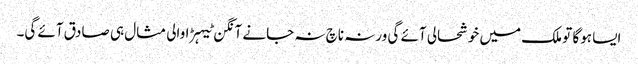
ایسا ہوگا تو ملک میں خوشحالی آئے گی ورنہ ناچ نہ جانے آنگن ٹیہڑا والی مثال ہی صادق آئے گی۔